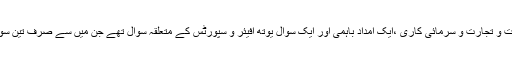
ایجنڈے میں تین صنعت و تجارت و سرمائی کاری ،ایک امداد باہمی اور ایک سوال یوتھ افیئر و سپورٹس کے متعلقہ سوال تھے جن میں سے صرف تین سوال ہی زیر بحث آئے۔